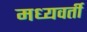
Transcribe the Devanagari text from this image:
मध्‍यवर्ती